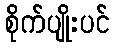
စိုက်ပျိုးပင်